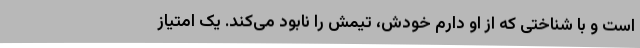
است و با شناختی که از او دارم خودش، تیمش را نابود می‌کند. یک امتیاز